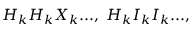
H _ { k } H _ { k } X _ { k } . . . , \; H _ { k } I _ { k } I _ { k } . . . ,